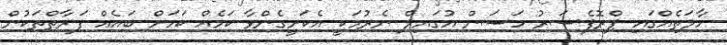
ހާލަތެއްގައި ޕްރޮފެސަރު ހަސަން އުގައިލް ނެރުމަކީ އެކަށީގެންވާ ކަމެއް ކަމަށް ބައެއް ފަރާތްތަކުން